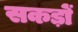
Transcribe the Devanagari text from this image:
सकड़ों